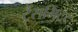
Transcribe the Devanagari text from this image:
ट्रैंसमिटर